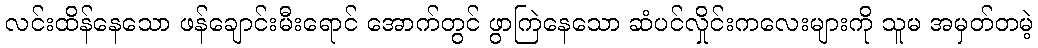
လင်းထိန်နေသော ဖန်ချောင်းမီးရောင် အောက်တွင် ဖွာကြဲနေသော ဆံပင်လှိုင်းကလေးများကို သူမ အမှတ်တမဲ့